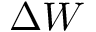
\Delta W